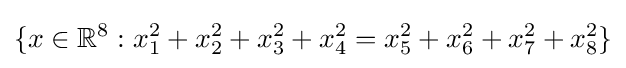
\{x\in \mathbb {R} ^{8}:x_{1}^{2}+x_{2}^{2}+x_{3}^{2}+x_{4}^{2}=x_{5}^{2}+x_{6}^{2}+x_{7}^{2}+x_{8}^{2}\}